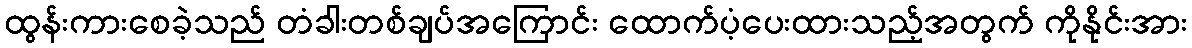
ထွန်းကားစေခဲ့သည် တံခါးတစ်ချပ်အကြောင်း ထောက်ပံ့ပေးထားသည့်အတွက် ကိုနိုင်းအား